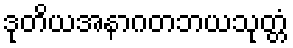
ဒုတိယအနာဂတဘယသုတ္တံ